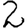
Digit: 2